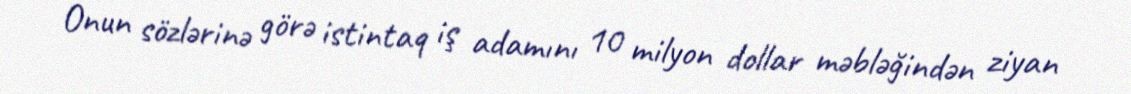
Onun sözlərinə görə istintaq iş adamını 10 milyon dollar məbləğindən ziyan